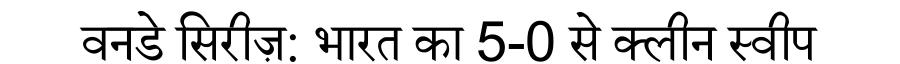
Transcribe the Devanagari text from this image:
वनडे सिरीज़: भारत का 5-0 से क्लीन स्वीप